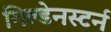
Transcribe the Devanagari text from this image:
गिल्डेनस्टर्न